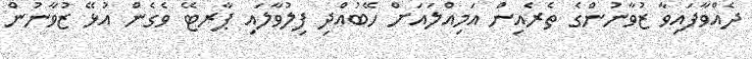
ދެއްވާފައިވާ ޒުވާނުންގެ ތެރެއިން އަމިއްލައަށް ހޭބުއްދި ފިލުވާލައި ޕާރޓޭ ވެގެން އުޅޭ ޒުވާނުން